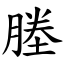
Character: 塍